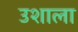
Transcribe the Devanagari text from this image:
उशाला